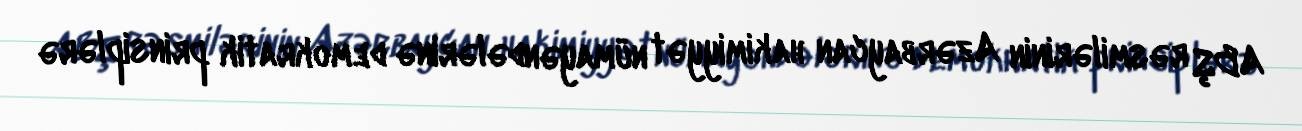
ABŞ rəsmilərinin Azərbaycan hakimiyyət nümayəndələrinə demokratik prinsiplərə